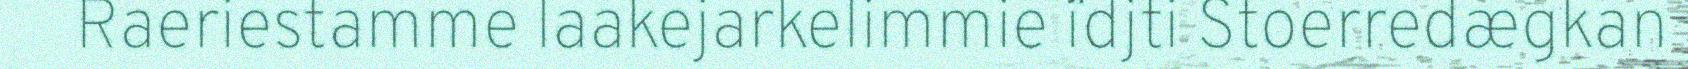
Raeriestamme laakejarkelimmie ¨idjti Stoerredægkan